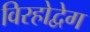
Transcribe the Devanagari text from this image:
विरहोद्वेग